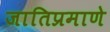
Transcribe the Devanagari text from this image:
जातिप्रमाणे